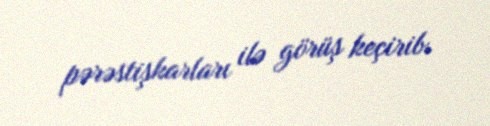
pərəstişkarları ilə görüş keçirib.